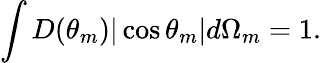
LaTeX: \int D(\theta_{m})|\cos\theta_{m}|d\Omega_{m}=1.